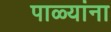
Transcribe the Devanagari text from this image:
पाळ्यांना